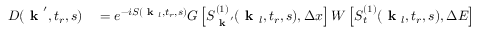
\begin{array} { r l } { D ( \textbf { k } ^ { \prime } , t _ { r } , s ) } & { { } = e ^ { - i S ( \textbf { k } _ { l } , t _ { r } , s ) } G \left[ S _ { \textbf { k } ^ { \prime } } ^ { ( 1 ) } ( \textbf { k } _ { l } , t _ { r } , s ) , \Delta x \right] W \left[ S _ { t } ^ { ( 1 ) } ( \textbf { k } _ { l } , t _ { r } , s ) , \Delta E \right] R ( \textbf { k } _ { l } , t _ { r } , s ) } \end{array}